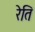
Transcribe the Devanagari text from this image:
रेति